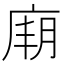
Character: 𢉋